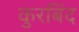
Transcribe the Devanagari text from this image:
कुरबिंद